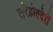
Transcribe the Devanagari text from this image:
शरेहोल्देरों